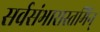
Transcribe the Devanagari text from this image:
सर्वसंभारास्तमिन्‌